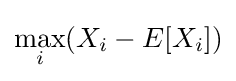
\max _{i}(X_{i}-E[X_{i}])